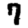
Digit: 7